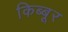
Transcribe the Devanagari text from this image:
किब्बूर